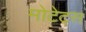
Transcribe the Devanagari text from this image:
मोटेट्स